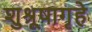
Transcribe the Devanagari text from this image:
शुश्रूषागृहे